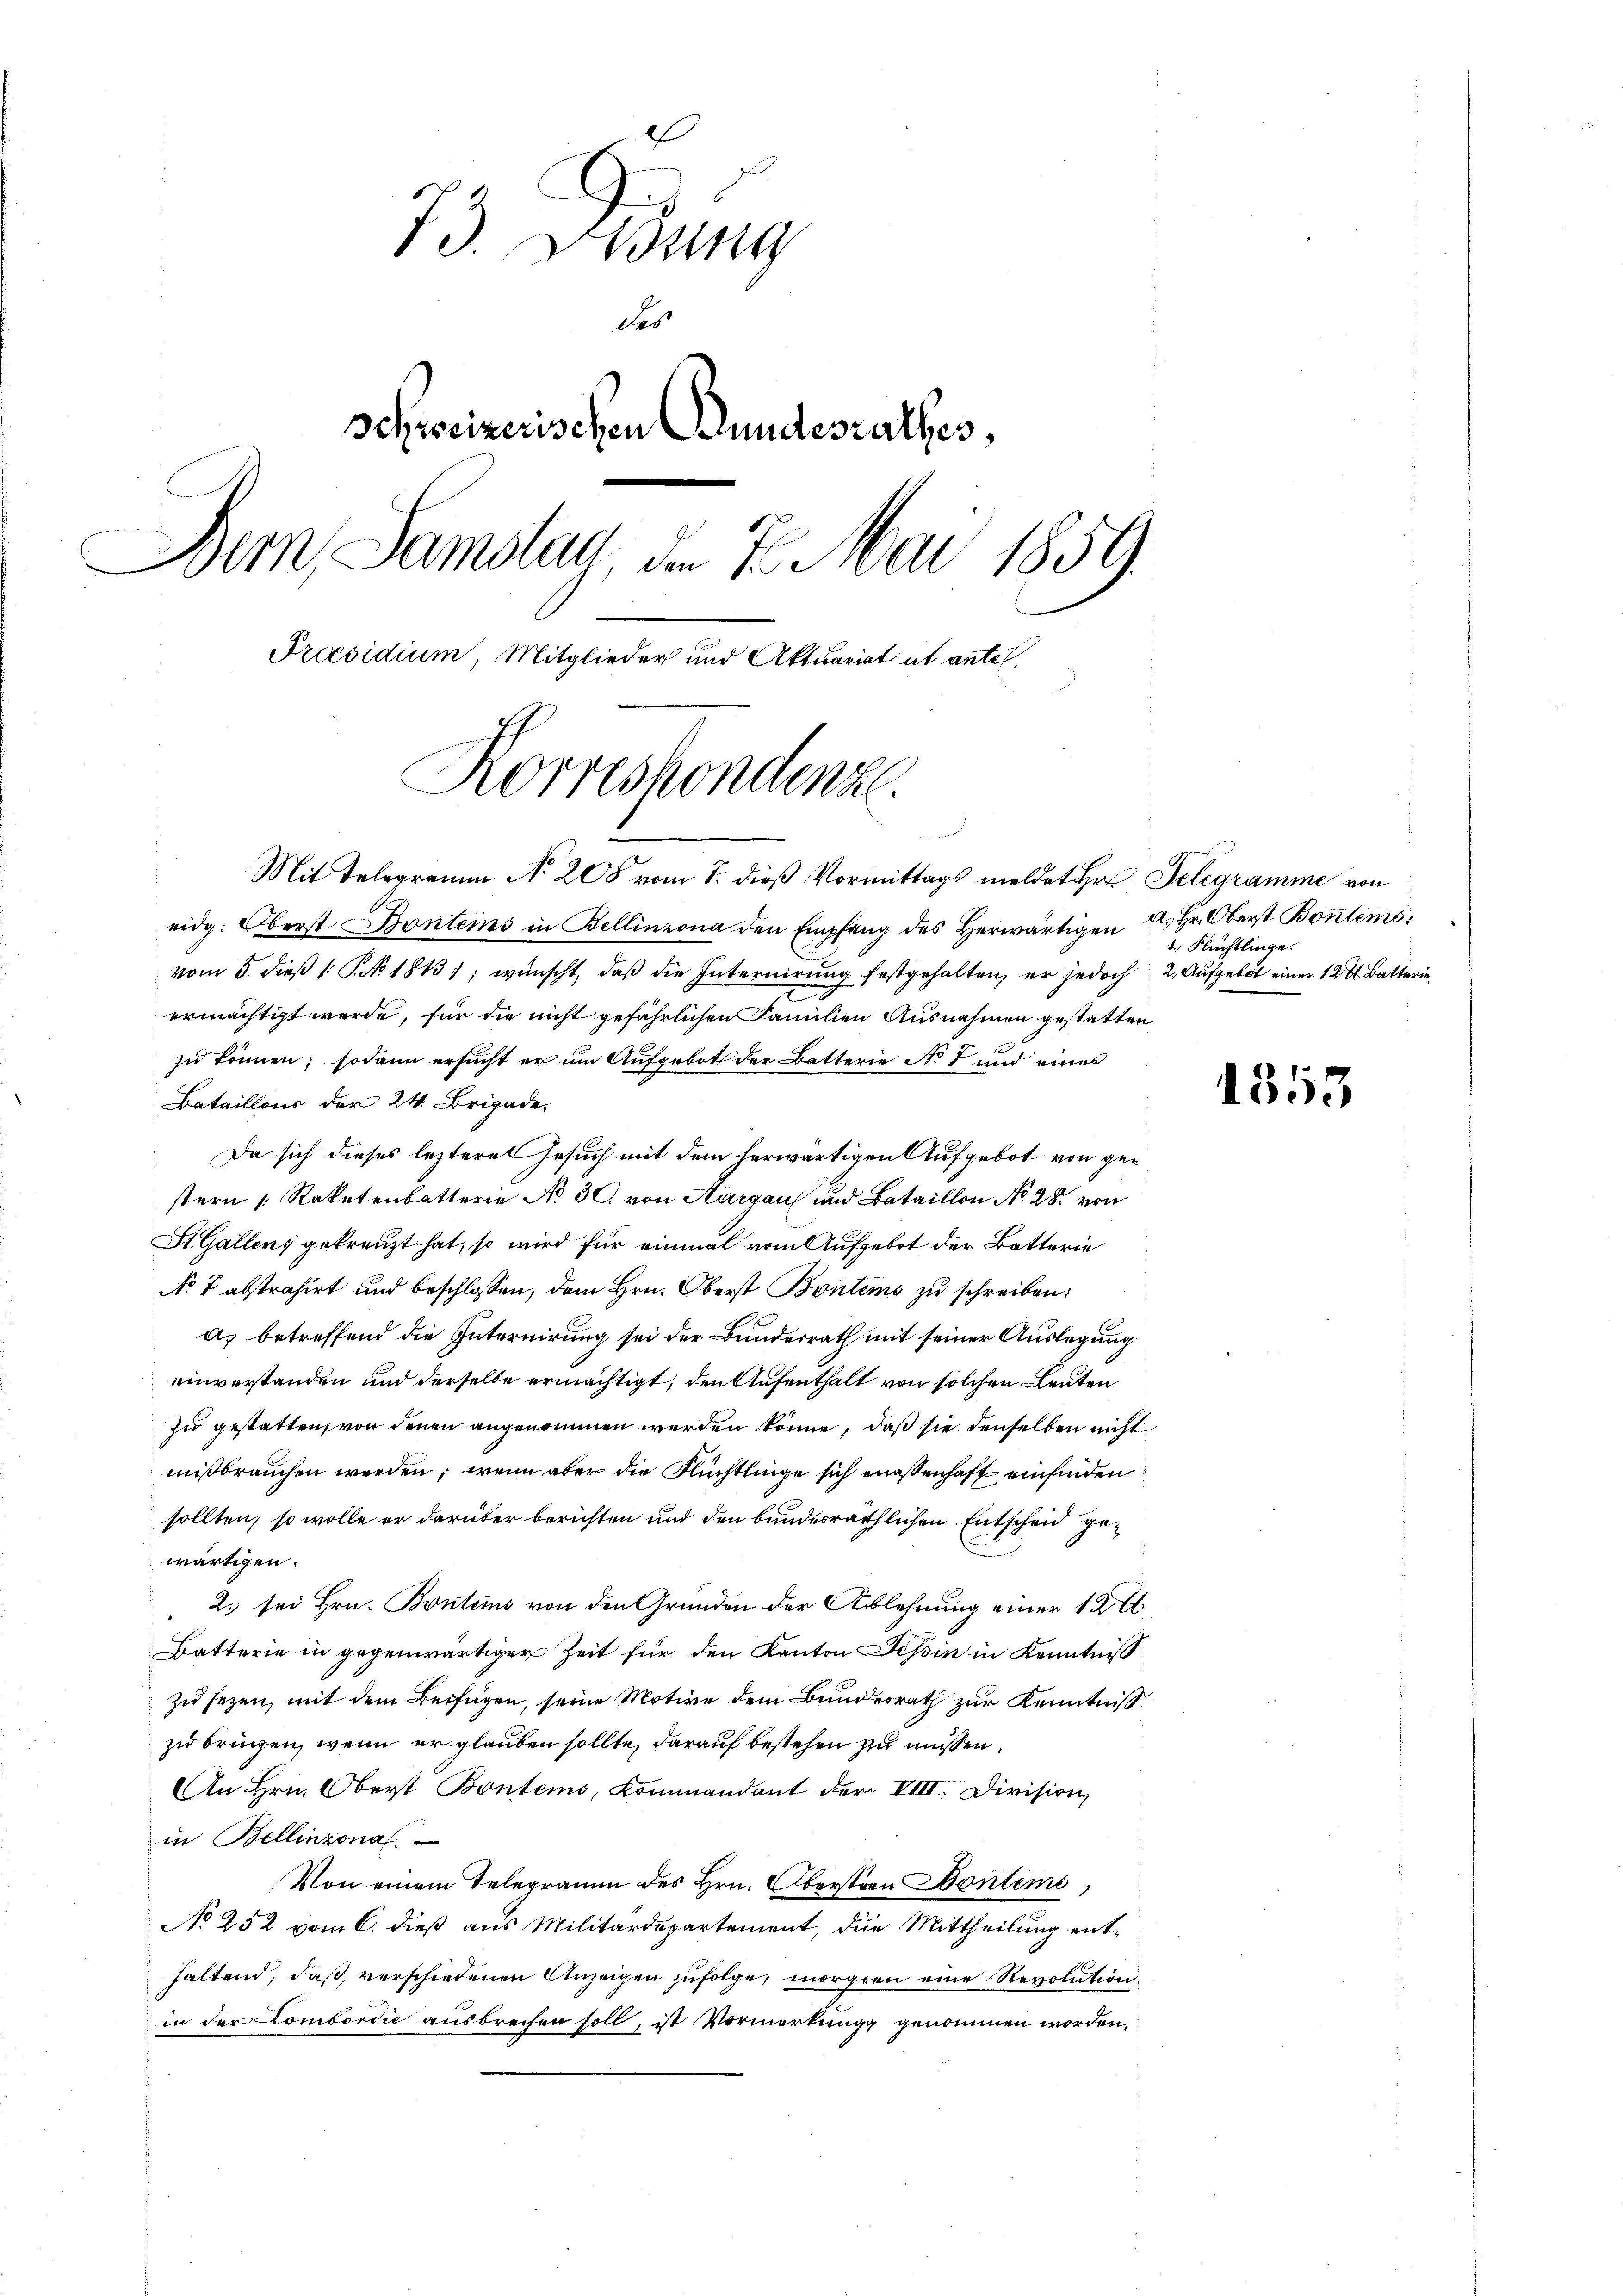
73. Debung
des
schweizerischen Bundesrathes,
Dem Samstag, den 7. Mai 1859.
Präsidium, Mitglieder und Aktuariat et antel.

Korrespondenze

Mit Telegramm No 208 vom 7. dieß Vormittags meldet Hr. Telegramme von
eidg. Oberst Bontems in Bellinzona den Empfang des Herwärtigen
vom 5. dieß 1 No 1813); wünscht, daß die Internirung festgehalten, er jedoch 2. Aufgebet einer 124 Batterin
ermächtigt werde, für die nicht gefährlichen Familien Ausnahmen gestatten
zu können; sodann ersucht er um Aufgebot der Batterie Not und eines
Bataillons der 24. Brigade.
Da sich dieses lezteres Gesuch mit dem herwärtigen Aufgebot von gestern Raketenbatterie No 30. von Aargau und Bataillon No. 28. von
St. Gallens gekreuzt hat, so wird für einmal vom Aufgebot der Batterie
No 7 abstrahirt und beschlossen, dem Hrn. Oberst Bontems zu schreiben:
a) betreffend die Internirung sei der Bundesrath mit seiner Auslegung
einverstanden und derselbe ermächtigt, den Aufenthalt von solchen Leuten
zu gestatten, von denen angenommen werden könne, daß sie denselben nicht
mißbrauchen werden; wenn aber die Flüchtlinge sich maßenhaft einfinden
sollten, so wolle er darüber berichten und den bundesräthlichen Entscheid gewärtigen.
25 sei Hrn. Bontems von den Gründen der Ablehnung einer 120
Batterie in gegenwärtiger Zeit für den Kanton Tessin in Kenntniß
zu sezen, mit dem Beifügen, seine Motive dem Bundesrath zur Kenntniß
zu bringen, wenn er glauben sollte, darauf bestehen zu müssen.
An Hrn. Oberst Bontems, Kommandant der VIII. Division,
in Bellinzona.
Von einem Telegramm des Hrn. Oberstron Bontems,
No 252 vom C. dieß aus Militärdepartement, die Mittheilung enthaltend, daß, verschiedenen Anzeigen zufolge, morgen eine Revolution
in der Lombardie ausbrechen soll, ist Vormerkungg genommen worden,

a. Hr. Oberst Boulems
1. Flüchtlinge.

1353